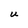
Character: U